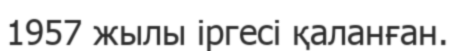
1957 жылы іргесі қаланған.